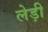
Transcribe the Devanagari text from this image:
लेड़ी